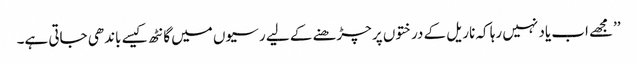
’’مجھے اب یاد نہیں رہا کہ ناریل کے درختوں پر چڑھنے کے لیے رسیوں میں گانٹھ کیسے باندھی جاتی ہے۔